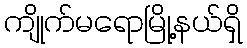
ကျိုက်မရောမြို့နယ်ရှိ